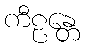
ကီဠန္တေ